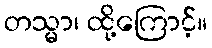
တသ္မာ၊ ထို့ကြောင့်။